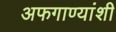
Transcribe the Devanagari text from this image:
अफगाण्यांशी